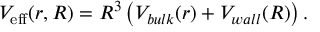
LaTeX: V _ { \mathrm { e f f } } ( r , R ) = R ^ { 3 } \left( V _ { b u l k } ( r ) + V _ { w a l l } ( R ) \right) .